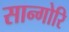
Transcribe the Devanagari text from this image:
सान्गोरि